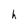
Character: h